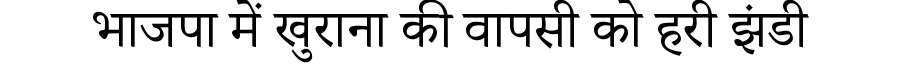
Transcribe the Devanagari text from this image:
भाजपा में खुराना की वापसी को हरी झंडी